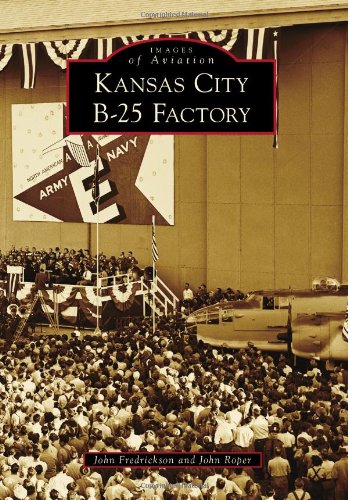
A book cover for Kansas City B-25 Factory (Images of Aviation); John Fredrickson; Arts & Photography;